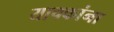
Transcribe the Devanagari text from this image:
याचकांना